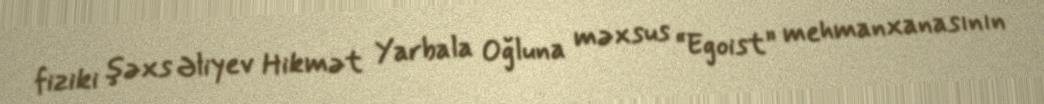
fiziki şəxs Əliyev Hikmət Yarbala Oğluna məxsus “Egoist” mehmanxanasının